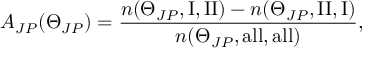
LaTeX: A _ { J P } ( \Theta _ { J P } ) = \frac { n ( \Theta _ { J P } , \mathrm { I , I I } ) - n ( \Theta _ { J P } , \mathrm { I I , I } ) } { n ( \Theta _ { J P } , \mathrm { a l l , a l l } ) } ,